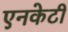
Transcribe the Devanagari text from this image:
एनकेटी